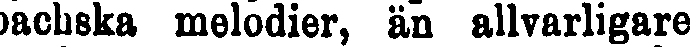
bachska melodier, än allvarligare